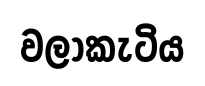
වලාකැටිය